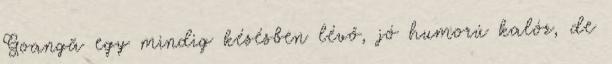
Goangă egy mindig késésben lévő, jó humorú kalóz, de